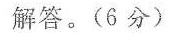
解答。(6分)